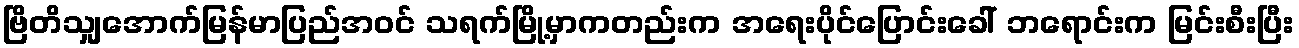
ဗြိတိသျှအောက်မြန်မာပြည်အဝင် သရက်မြို့မှာကတည်းက အရေးပိုင်ပြောင်းခေါ် ဘရောင်းက မြင်းစီးပြီး